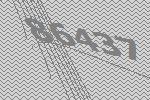
86437